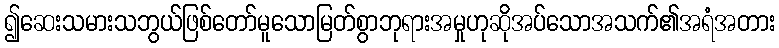
၍ဆေးသမားသဘွယ်ဖြစ်တော်မူသောမြတ်စွာဘုရားအမှုဟုဆိုအပ်သောအသက်၏အရံအတား